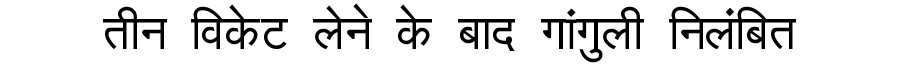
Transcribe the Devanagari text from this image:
तीन विकेट लेने के बाद गांगुली निलंबित